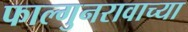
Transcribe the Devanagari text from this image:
फाल्गुनरावाच्या